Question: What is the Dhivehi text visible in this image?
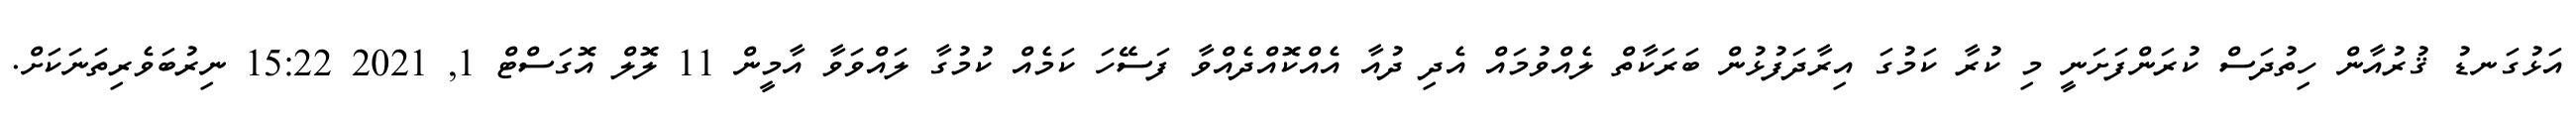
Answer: އަޅުގަނޑު ޤުރުއާން ހިތުދަސް ކުރަންފަށަނީ މި ކުރާ ކަމުގަ އިރާދަފުޅުން ބަރަކާތް ލެއްވުމައް އެދި ދުއާ އެއްކޮއްދެއްވާ ފަސޭހަ ކަމެއް ކުމުގާ ލައްވަވާ އާމީން 11 ލޮލް އޮގަސްޓް 1, 2021 15:22 ނިރުބަވެރިތަނަކަށް.